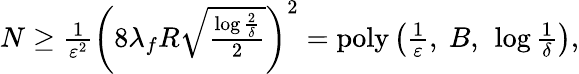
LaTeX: \begin{array}{r}{N\ge\frac{1}{\varepsilon^{2}}\left(8\lambda_{f}R\sqrt{\frac{\log\frac{2}{\delta}}{2}}\right)^{2}=\mathrm{poly}\left(\frac{1}{\varepsilon},\ B,\ \log\frac{1}{\delta}\right),}\end{array}